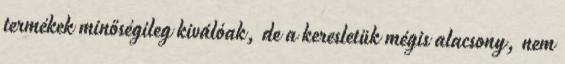
termékek minőségileg kiválóak, de a keresletük mégis alacsony, nem